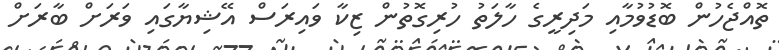
ތޮއްޖެހުން ބޮޑުވުމާއި މަދިރީގެ ހާލަތު ހުރިގޮތުން ޒިކާ ވައިރަސް އޭޝިޔާގައި ވަރަށް ބާރަށް